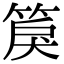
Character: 䈆